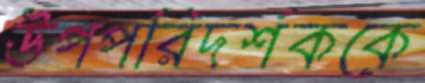
উপপরিদর্শককে